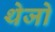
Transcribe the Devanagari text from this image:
थेजो